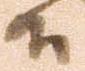
候